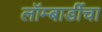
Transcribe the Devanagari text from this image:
लॉम्बार्डीचा